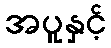
အပူနှင့်